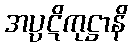
အပ္ပဋိကုဋ္ဌာနိ